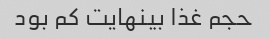
حجم غذا بینهایت کم بود